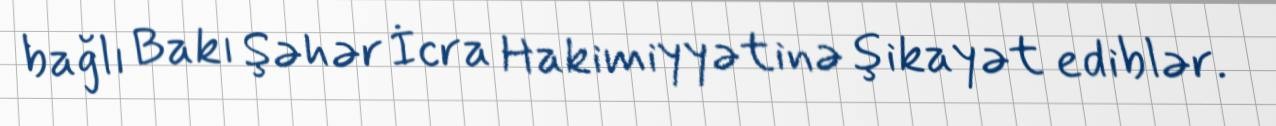
bağlı Bakı Şəhər İcra Hakimiyyətinə şikayət ediblər.